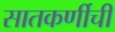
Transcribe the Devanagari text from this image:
सातकर्णीची